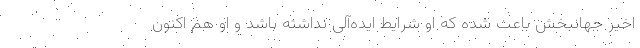
اخیر جهانبخش باعث شده که او شرایط ایده‌آلی نداشته باشد و او هم اکنون